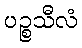
ပဉ္စသီလံ